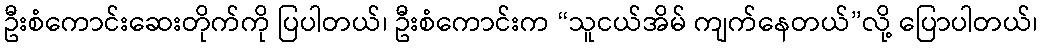
ဦးစံကောင်းဆေးတိုက်ကို ပြပါတယ်၊ ဦးစံကောင်းက “သူငယ်အိမ် ကျက်နေတယ်”လို့ ပြောပါတယ်၊